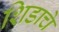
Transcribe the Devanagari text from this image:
शिडाचे